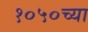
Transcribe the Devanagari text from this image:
१०५०च्या